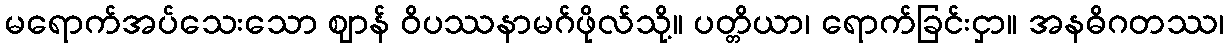
မရောက်အပ်သေးသော ဈာန် ဝိပဿနာမဂ်ဖိုလ်သို့။ ပတ္တိယာ၊ ရောက်ခြင်းငှာ။ အနဓိဂတဿ၊